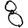
Digit: 8